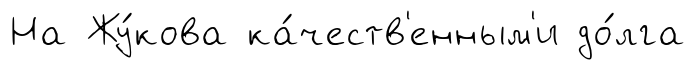
На Жу́кова ка́честв'енным'и до́лга